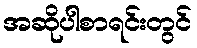
အဆိုပါစာရင်းတွင်